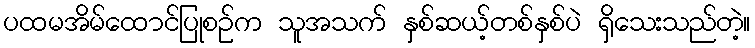
ပထမအိမ်ထောင်ပြုစဉ်က သူအသက် နှစ်ဆယ့်တစ်နှစ်ပဲ ရှိသေးသည်တဲ့။